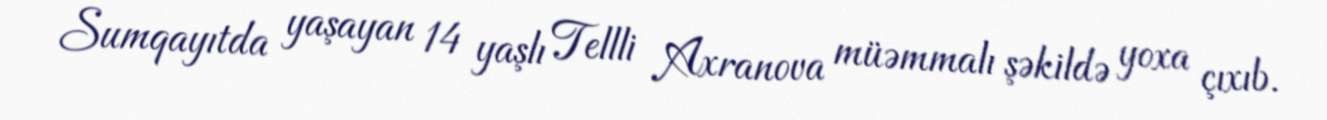
Sumqayıtda yaşayan 14 yaşlı Tellli Axranova müəmmalı şəkildə yoxa çıxıb.